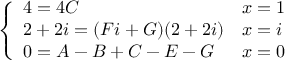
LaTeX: \left\{ \begin{array} { l l } { 4 = 4 C } & { x = 1 } \\ { 2 + 2 i = ( F i + G ) ( 2 + 2 i ) } & { x = i } \\ { 0 = A - B + C - E - G } & { x = 0 } \end{array} \right.